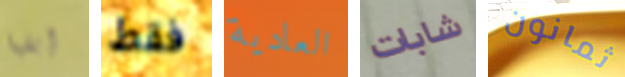
إبقيا فقط العادية شابات ثمانون